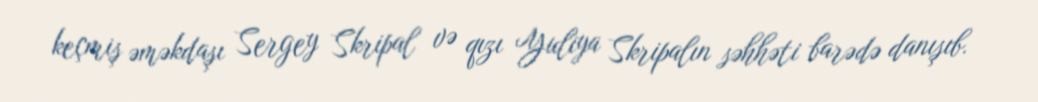
keçmiş əməkdaşı Sergey Skripal və qızı Yuliya Skripalın səhhəti barədə danışıb.